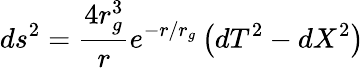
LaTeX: ds^{2}=\frac{4r_{g}^{3}}{r}e^{-r/r_{g}}\left(dT^{2}-dX^{2}\right)